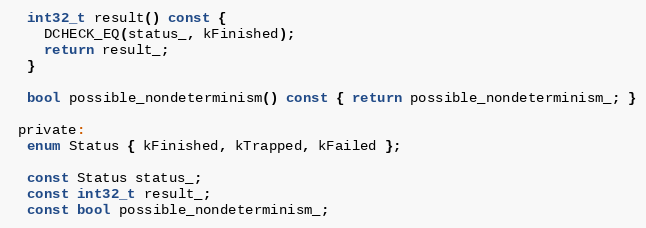
Language: C
  int32_t result() const {
    DCHECK_EQ(status_, kFinished);
    return result_;
  }

  bool possible_nondeterminism() const { return possible_nondeterminism_; }

 private:
  enum Status { kFinished, kTrapped, kFailed };

  const Status status_;
  const int32_t result_;
  const bool possible_nondeterminism_;